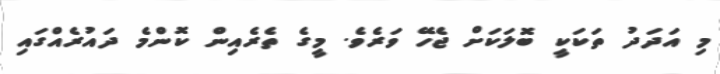
މި އަދަދު ތަކަކީ ބޮލަކަށް ޖެހޭ ވަރެވެ. މީގެ ތެރެއިން ކޮންމެ ދައުރެއްގައި